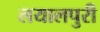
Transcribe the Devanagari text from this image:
लयालपुरी